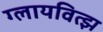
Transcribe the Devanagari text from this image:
ग्लायवित्झ